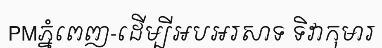
PMភ្នំពេញ-ដើម្បីអបអរសាទ ទិវាកុមារ